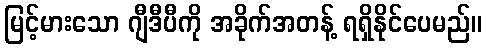
မြင့်မားသော ဂျီဒီပီကို အခိုက်အတန့် ရရှိနိုင်ပေမည်။